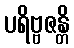
ပရိဗ္ဗဇန္တိ